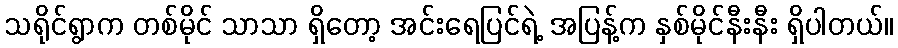
သရိုင်ရွာက တစ်မိုင် သာသာ ရှိတော့ အင်းရေပြင်ရဲ့ အပြန့်က နှစ်မိုင်နီးနီး ရှိပါတယ်။